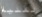
تقنية